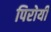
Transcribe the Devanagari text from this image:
पिरोयी